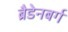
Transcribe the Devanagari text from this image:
ब्रैडेनबर्ग